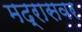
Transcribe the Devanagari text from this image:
मद्रासवर